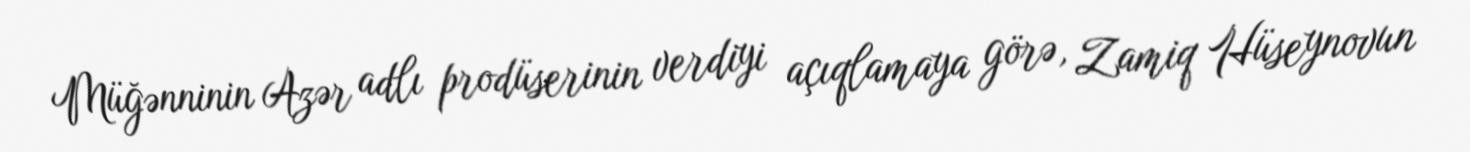
Müğənninin Azər adlı prodüserinin verdiyi açıqlamaya görə, Zamiq Hüseynovun